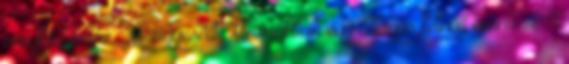
megküzdésre. Az Egyesült Államokban egy átlagos felnőtt évente 2-4